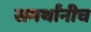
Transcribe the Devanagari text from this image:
समर्थांनीच